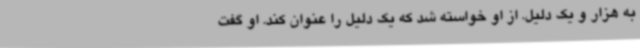
به هزار و یک دلیل. از او خواسته شد که یک دلیل را عنوان کند. او گفت